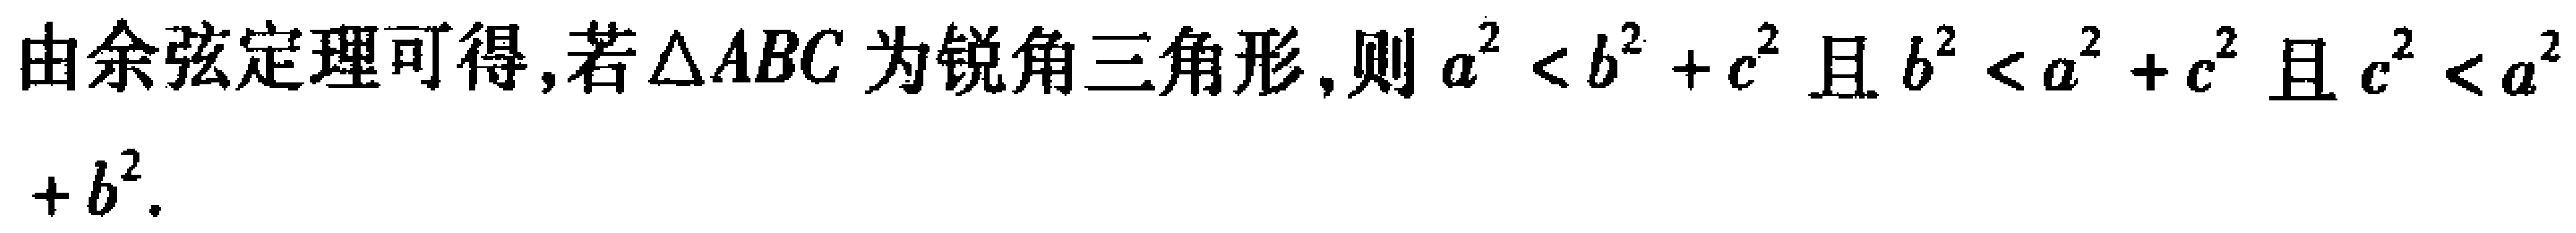
由余弦定理可得,若\(\triangle ABC\)为锐角三角形,则\(a^{2} < b^{2} + c^{2}\)且\(b^{2} < a^{2} + c^{2}\)且\(c^{2} < a^{2}+b^{2}\).